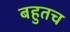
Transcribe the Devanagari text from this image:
बहुतच